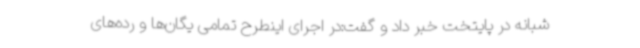
شبانه در پایتخت خبر داد و گفت:در اجرای اینطرح تمامی یگان‌ها و رده‌های